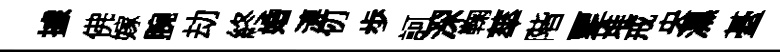
據佛嫁腕劫終婚漣仞歩訶深鞠蕐階覂堆戒央濕䑓